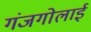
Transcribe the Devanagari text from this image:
गंजगोलाई